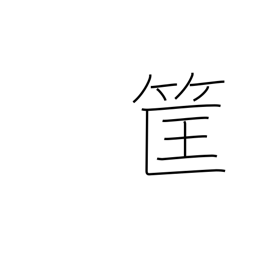
Meaning: bamboo basket